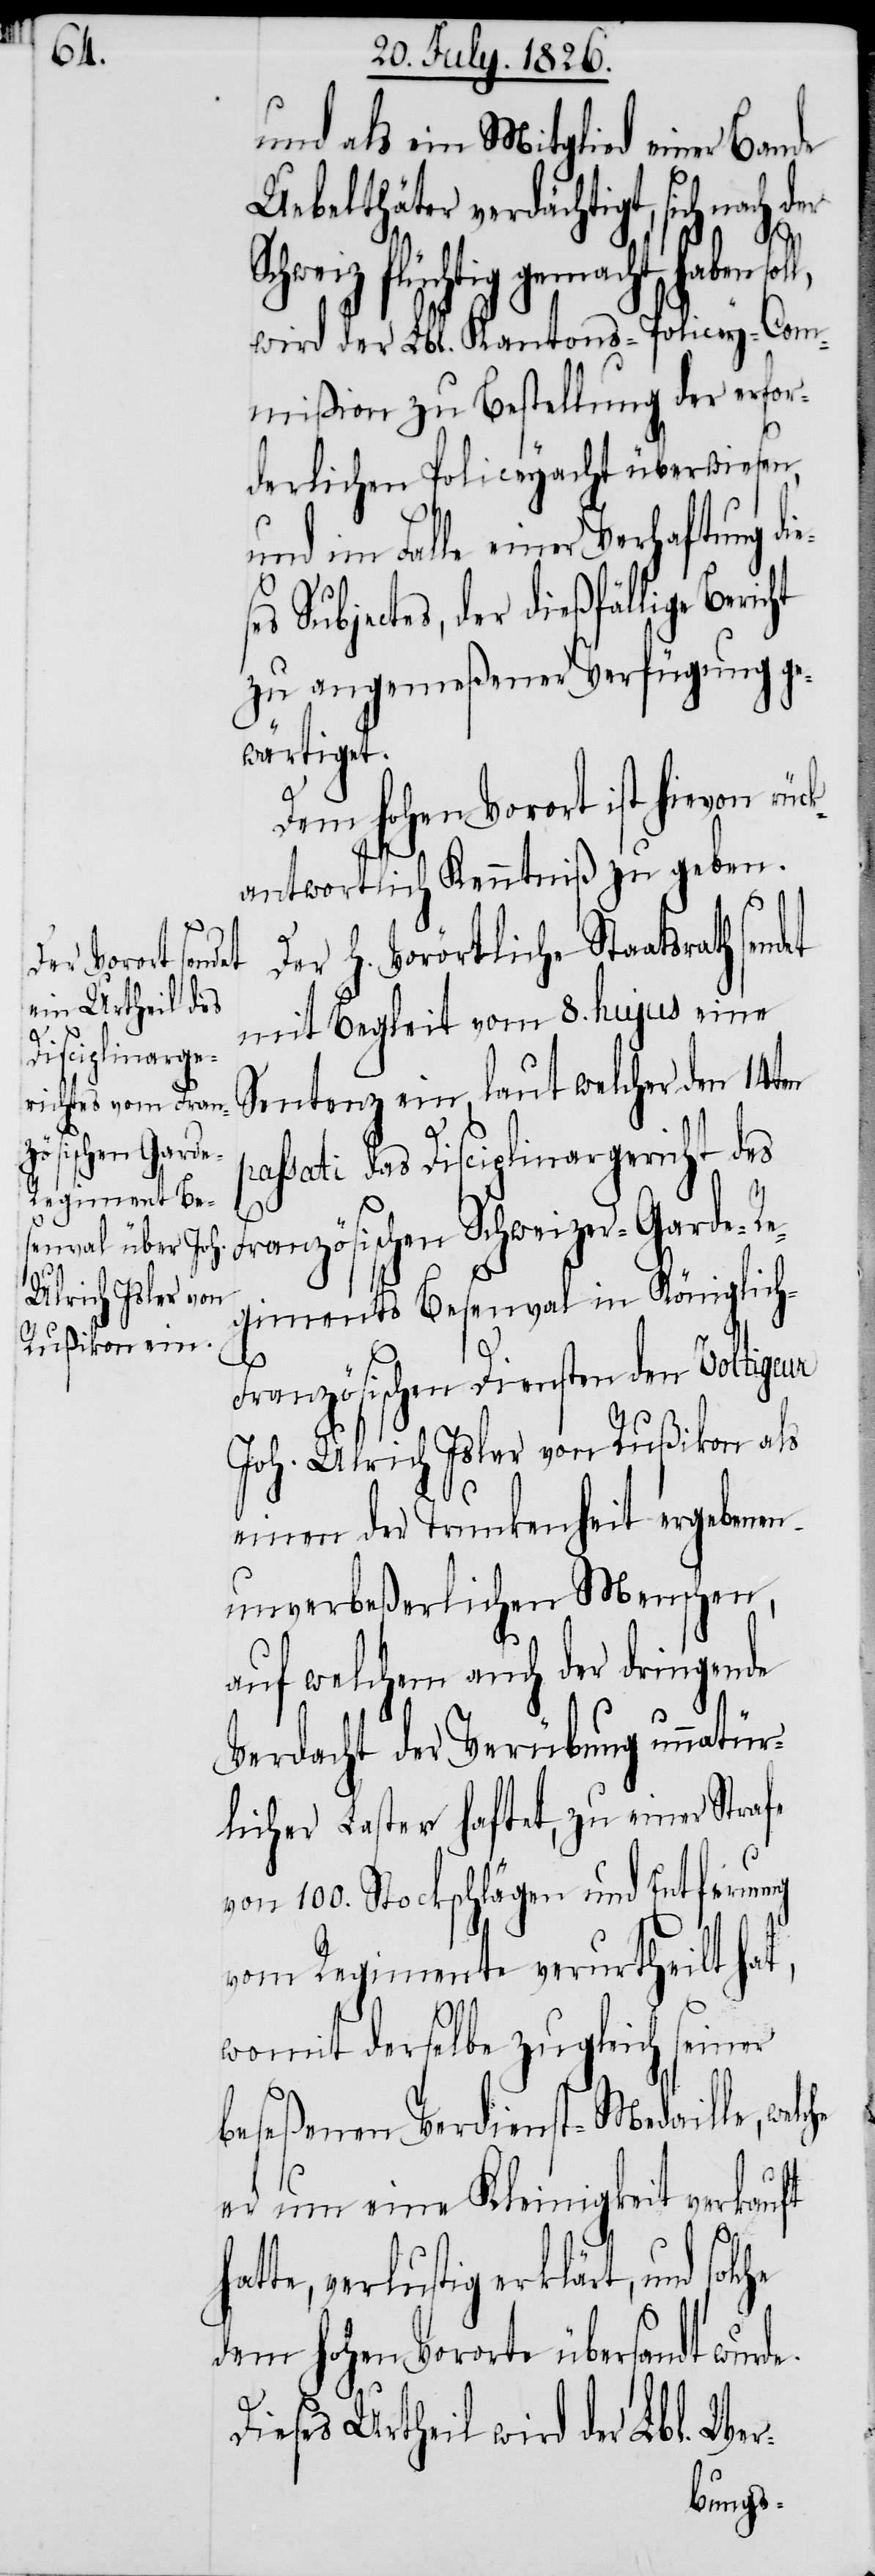
Sch¬

he

und als ein Mitglied einer Bande
Uebelthäter verdächtigt, sich na¬
weiz flüchtig gemacht haben
wird der Lbl. Kantons-Policey-Com¬
mißion zu Bestellung der erfor¬
derlichen Policeyacht überwiesen,
und im Falle einer Verhaftung
Subjectes, der dießfällige Beric¬
zu angemeßener Verfügung ge¬
wärtiget.
Dem hohen Vorort ist hievon rüc¬
antwortlich Kenntniß zu geben.
Der h. Vorörtliche Staatsrath sen¬
mit Begleit vom 8. hujus eine
Sentenz ein, laut welcher den 14ten
assati das Disciplinargericht des
Französischen Schweizer-Garde-Re¬
giments Besenval in Königlich-F¬
ranzösischen Diensten den Voltigeur
Joh. Ulrich Isler von Rußikon als
einen der Trunkenheit ergebenen
unverbeßerlichen Menschen,
auf welchem auch der dringende
Verdacht der Verübung unnatür¬
licher Laster haftet, zu einer Strafe
von 100. Stockschlägen und Entfernung
vom Regimente verurtheilt hat,
womit derselbe zugleich seiner
beseßenen Verdienst-Medaille, welche
er um eine Kleinigkeit verkauft
ha¬
tte, verlustig erklärt, und solc¬
dem hohen Vororte übersandt wurde.
Dieses Urtheil wird der Lbl. Wer-